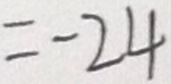
= - 2 4